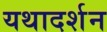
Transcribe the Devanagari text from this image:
यथादर्शन